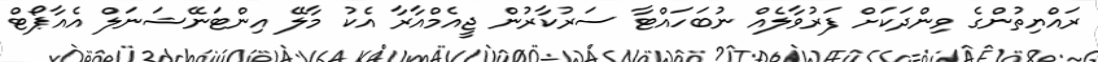
ރައްޔިތުންގެ ވިންދަކަށް ފަރުވާލެއް ނުބަހައްޓާ ސަރުކާރުން ޖީއެމްއާރާ އެކު މާލޭ އިންޓަނޭޝަނަލް އެއާޕޯޓް